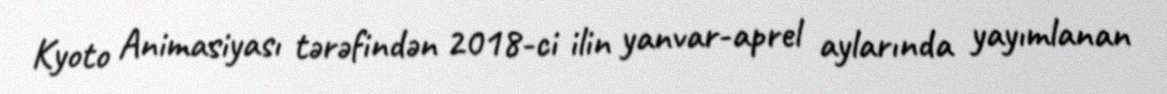
Kyoto Animasiyası tərəfindən 2018-ci ilin yanvar-aprel aylarında yayımlanan